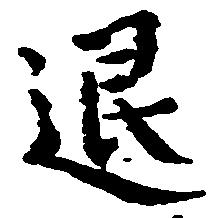
退